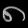
Digit: ၈